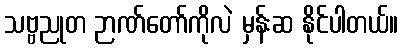
သဗ္ဗညုတ ဉာဏ်တော်ကိုလဲ မှန်းဆ နိုင်ပါတယ်။